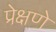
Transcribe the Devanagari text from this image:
प्रेक्षणे